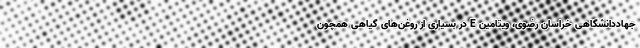
جهاددانشگاهی خراسان رضوی، ویتامین E در بسیاری از روغن‌های گیاهی همچون